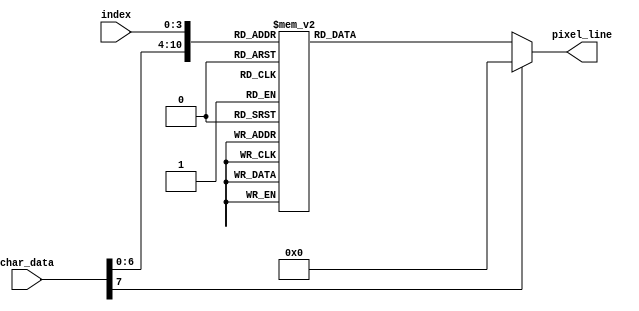
/*
############################################# 
# ECE 540 project 2
#
# Author:	Rafael Schultz (srafael@pdx.edu)
# Date:		12-Nov-2023	
#
# Changes made to include VGA peripheral
#
# Targeted to Nexys A7 FPGA board
#############################################
*/



module char_to_pix (
	input wire [7:0]	char_data,
	input wire [3:0]	index,
	output reg [0:15]	pixel_line // 16 bit for the character selected line
);


  // when data or line requested changes, convert to line with 16 pixels
  always @(*) begin 
	case ({char_data, index}) // use the 8 bits of the ASCII character, 4 bits of index because 16 lines
		12'h300: 	pixel_line =  	16'b0001111111100000;  // 0 in ASCII
		12'h301:	pixel_line =  	16'b0011111111110000;
		12'h302:	pixel_line =	16'b0111100001111000;
		12'h303:	pixel_line =	16'b1111000000111100;
		12'h304:	pixel_line =	16'b1111000001111100;
		12'h305:	pixel_line =	16'b1111000011111100;
		12'h306:	pixel_line =	16'b1111000111111100;
		12'h307:	pixel_line =	16'b1111001110111100;
		12'h308:	pixel_line =	16'b1111011100111100;
		12'h309:	pixel_line =	16'b1111111000111100;
		12'h30A:	pixel_line =	16'b1111110000111100;
		12'h30B:	pixel_line =	16'b0111110000111100;
		12'h30C:	pixel_line =	16'b0011111111111000;
		12'h30D:	pixel_line =	16'b0001111111110000;
		12'h30E:	pixel_line =	16'b0000000000000000;
		12'h30F:	pixel_line =	16'b0000000000000000;
		
		12'h310: 	pixel_line =  	16'b0000011100000000;  // 1 in ASCII
		12'h311:	pixel_line =  	16'b0000111100000000;
		12'h312:	pixel_line =	16'b0011111100000000;
		12'h313:	pixel_line =	16'b0111111100000000;
		12'h314:	pixel_line =	16'b0000111100000000;
		12'h315:	pixel_line =	16'b0000111100000000;
		12'h316:	pixel_line =	16'b0000111100000000;
		12'h317:	pixel_line =	16'b0000111100000000;
		12'h318:	pixel_line =	16'b0000111100000000;
		12'h319:	pixel_line =	16'b0000111100000000;
		12'h31A:	pixel_line =	16'b0000111100000000;
		12'h31B:	pixel_line =	16'b0000111100000000;
		12'h31C:	pixel_line =	16'b1111111111110000;
		12'h31D:	pixel_line =	16'b1111111111110000;
		12'h31E:	pixel_line =	16'b0000000000000000;
		12'h31F:	pixel_line =	16'b0000000000000000;
		

		12'h320: 	pixel_line =  	16'b0001111111000000;  // 2 in ASCII
		12'h321:	pixel_line =  	16'b0011111111100000;
		12'h322:	pixel_line =	16'b0111000011110000;
		12'h323:	pixel_line =	16'b1110000011110000;
		12'h324:	pixel_line =	16'b0000000111100000;
		12'h325:	pixel_line =	16'b0000001111000000;
		12'h326:	pixel_line =	16'b0000011110000000;
		12'h327:	pixel_line =	16'b0000111100000000;
		12'h328:	pixel_line =	16'b0001111000000000;
		12'h329:	pixel_line =	16'b0011110000000000;
		12'h32A:	pixel_line =	16'b0111100001110000;
		12'h32B:	pixel_line =	16'b1111000001110000;
		12'h32C:	pixel_line =	16'b1111111111110000;
		12'h32D:	pixel_line =	16'b1111111111110000;
		12'h32E:	pixel_line =	16'b0000000000000000;
		12'h32F:	pixel_line =	16'b0000000000000000;

		12'h330:	pixel_line =  	16'b0001111110000000;  // 3 in ASCII
		12'h331:	pixel_line =  	16'b0011111111000000;
		12'h332:	pixel_line =	16'b0111000111100000;
		12'h333:	pixel_line =	16'b1110000011110000;
		12'h334:	pixel_line =	16'b0000000011110000;
		12'h335:	pixel_line =	16'b0000000111100000;
		12'h336:	pixel_line =	16'b0000111111000000;
		12'h337:	pixel_line =	16'b0000111111000000;
		12'h338:	pixel_line =	16'b0000000111100000;
		12'h339:	pixel_line =	16'b0000000011110000;
		12'h33A:	pixel_line =	16'b1110000011110000;
		12'h33B:	pixel_line =	16'b0111000111100000;
		12'h33C:	pixel_line =	16'b0011111111000000;
		12'h33D:	pixel_line =	16'b0001111110000000;
		12'h33E:	pixel_line =	16'b0000000000000000;
		12'h33F:	pixel_line =	16'b0000000000000000;

		12'h340: 	pixel_line =  	16'b0000000111110000;  // 4 in ASCII	
		12'h341:	pixel_line =  	16'b0000001111110000;
		12'h342:	pixel_line =	16'b0000011111110000;
		12'h343:	pixel_line =	16'b0000111011110000;
		12'h344:	pixel_line =	16'b0001110011110000;
		12'h345:	pixel_line =	16'b0011100011110000;
		12'h346:	pixel_line =	16'b0111000011110000;
		12'h347:	pixel_line =	16'b1110000011110000;
		12'h348:	pixel_line =	16'b1111111111111100;
		12'h349:	pixel_line =	16'b1111111111111100;
		12'h34A:	pixel_line =	16'b0000000011110000;
		12'h34B:	pixel_line =	16'b0000000011110000;
		12'h34C:	pixel_line =	16'b0000001111111100;
		12'h34D:	pixel_line =	16'b0000001111111100;
		12'h34E:	pixel_line =	16'b0000000000000000;
		12'h34F:	pixel_line =	16'b0000000000000000;

		12'h350: 	pixel_line =  	16'b1111111111110000;  // 5 in ASCII
		12'h351:	pixel_line =  	16'b1111111111110000;
		12'h352:	pixel_line =	16'b1111000000000000;
		12'h353:	pixel_line =	16'b1111000000000000;
		12'h354:	pixel_line =	16'b1111111110000000;
		12'h355:	pixel_line =	16'b1111111111000000;
		12'h356:	pixel_line =	16'b0000000111110000;
		12'h357:	pixel_line =	16'b0000000011110000;
		12'h358:	pixel_line =	16'b0000000011110000;
		12'h359:	pixel_line =	16'b0000000011110000;
		12'h35A:	pixel_line =	16'b1110000011110000;
		12'h35B:	pixel_line =	16'b1111000011110000;
		12'h35C:	pixel_line =	16'b0111111111100000;
		12'h35D:	pixel_line =	16'b0011111111000000;
		12'h35E:	pixel_line =	16'b0000000000000000;
		12'h35F:	pixel_line =	16'b0000000000000000;

		12'h360: 	pixel_line =  	16'b0000011111000000;  // 6 in ASCII
		12'h361:	pixel_line =  	16'b0000111111000000;
		12'h362:	pixel_line =	16'b0011111000000000;
		12'h363:	pixel_line =	16'b0011110000000000;
		12'h364:	pixel_line =	16'b0111100000000000;
		12'h365:	pixel_line =	16'b1111000000000000;
		12'h366:	pixel_line =	16'b1111111100000000;
		12'h367:	pixel_line =	16'b1111111111000000;
		12'h368:	pixel_line =	16'b1111000011110000;
		12'h369:	pixel_line =	16'b1111000011110000;
		12'h36A:	pixel_line =	16'b1111000011110000;
		12'h36B:	pixel_line =	16'b1111000011110000;
		12'h36C:	pixel_line =	16'b0111111111100000;
		12'h36D:	pixel_line =	16'b0011111111000000;
		12'h36E:	pixel_line =	16'b0000000000000000;
		12'h36F:	pixel_line =	16'b0000000000000000;

		12'h370: 	pixel_line =  	16'b1111111111100000;  // 7 in ASCII
		12'h371:	pixel_line =  	16'b1111111111110000;
		12'h372:	pixel_line =	16'b1111000011110000;
		12'h373:	pixel_line =	16'b1111000011110000;
		12'h374:	pixel_line =	16'b0000000011110000;
		12'h375:	pixel_line =	16'b0000000111110000;
		12'h376:	pixel_line =	16'b0000001111100000;
		12'h377:	pixel_line =	16'b0000011111000000;
		12'h378:	pixel_line =	16'b0000111110000000;
		12'h379:	pixel_line =	16'b0000111100000000;
		12'h37A:	pixel_line =	16'b0000111100000000;
		12'h37B:	pixel_line =	16'b0000111100000000;
		12'h37C:	pixel_line =	16'b0000111100000000;
		12'h37D:	pixel_line =	16'b0000111100000000;
		12'h37E:	pixel_line =	16'b0000000000000000;
		12'h37F:	pixel_line =	16'b0000000000000000;

		12'h380: 	pixel_line =  	16'b0001111110000000;  // 8 in ASCII
		12'h381:	pixel_line =  	16'b0111111111100000;
		12'h382:	pixel_line =	16'b1111000011110000;
		12'h383:	pixel_line =	16'b1111000011110000;
		12'h384:	pixel_line =	16'b1111000011110000;
		12'h385:	pixel_line =	16'b0111000011100000;
		12'h386:	pixel_line =	16'b0011111111000000;
		12'h387:	pixel_line =	16'b0011111111000000;
		12'h388:	pixel_line =	16'b0111000011100000;
		12'h389:	pixel_line =	16'b1111000011110000;
		12'h38A:	pixel_line =	16'b1111000011110000;
		12'h38B:	pixel_line =	16'b1111000011110000;
		12'h38C:	pixel_line =	16'b0111111111100000;
		12'h38D:	pixel_line =	16'b0011111111000000;
		12'h38E:	pixel_line =	16'b0000000000000000;
		12'h38F:	pixel_line =	16'b0000000000000000;

		12'h390: 	pixel_line =  	16'b0001111110000000;  // 9 in ASCII	
		12'h391:	pixel_line =  	16'b0011111111000000;
		12'h392:	pixel_line =	16'b0111000011100000;
		12'h393:	pixel_line =	16'b1111000011110000;
		12'h394:	pixel_line =	16'b1111000011110000;
		12'h395:	pixel_line =	16'b1111000011110000;
		12'h396:	pixel_line =	16'b0111111111110000;
		12'h397:	pixel_line =	16'b0011111111110000;
		12'h398:	pixel_line =	16'b0000000111110000;
		12'h399:	pixel_line =	16'b0000000011100000;
		12'h39A:	pixel_line =	16'b0000000111000000;
		12'h39B:	pixel_line =	16'b0000001110000000;
		12'h39C:	pixel_line =	16'b0011111100000000;
		12'h39D:	pixel_line =	16'b0011111000000000;
		12'h39E:	pixel_line =	16'b0000000000000000;
		12'h39F:	pixel_line =	16'b0000000000000000;

		12'h610:	pixel_line =  	16'b0000000000000000;  // a in ASCII
		12'h611:	pixel_line =  	16'b0000000000000000;
		12'h612:	pixel_line =  	16'b0000000000000000;
		12'h613:	pixel_line =  	16'b0000001111100000;
		12'h614:	pixel_line =  	16'b0000111111111000;
		12'h615:	pixel_line =  	16'b0001110001111000;
		12'h616:	pixel_line =  	16'b0011100001110000;
		12'h617:	pixel_line =  	16'b0011100001110000;
		12'h618:	pixel_line =  	16'b0011100001110000;
		12'h619:	pixel_line =  	16'b0011100001110000;
		12'h61A:	pixel_line =  	16'b0011110001111000;
		12'h61B:	pixel_line =  	16'b0001111111011000;
		12'h61C:	pixel_line =  	16'b0000111110011100;
		12'h61D:	pixel_line =  	16'b0000000000000000;
		12'h61E:	pixel_line =  	16'b0000000000000000;
		12'h61F:	pixel_line =  	16'b0000000000000000;


		12'h620:	pixel_line =  	16'b0000000000000000;  // b in ASCII
		12'h621:	pixel_line =  	16'b0011100000000000;
		12'h622:	pixel_line =  	16'b0011100000000000;
		12'h623:	pixel_line =  	16'b0011100110000000;
		12'h624:	pixel_line =  	16'b0011101111100000;
		12'h625:	pixel_line =  	16'b0011111111111000;
		12'h626:	pixel_line =  	16'b0011100000111100;
		12'h627:	pixel_line =  	16'b0011100000011100;
		12'h628:	pixel_line =  	16'b0011100000011100;
		12'h629:	pixel_line =  	16'b0011100000111100;
		12'h62A:	pixel_line =  	16'b0011111111111000;
		12'h62B:	pixel_line =  	16'b0011011111110000;
		12'h62C:	pixel_line =  	16'b0011001111100000;
		12'h62D:	pixel_line =  	16'b0000000000000000;
		12'h62E:	pixel_line =  	16'b0000000000000000;
		12'h62F:	pixel_line =  	16'b0000000000000000;

		12'h630:	pixel_line =  	16'b0000000000000000;  // c in ASCII
		12'h631:	pixel_line =  	16'b0000000000000000;
		12'h632:	pixel_line =  	16'b0000000000000000;
		12'h633:	pixel_line =  	16'b0000011111000000;
		12'h634:	pixel_line =  	16'b0001111111110000;
		12'h635:	pixel_line =  	16'b0011110001111000;
		12'h636:	pixel_line =  	16'b0011110000111000;
		12'h637:	pixel_line =  	16'b0011110000000000;
		12'h638:	pixel_line =  	16'b0011110000000000;
		12'h639:	pixel_line =  	16'b0011110000111000;
		12'h63A:	pixel_line =  	16'b0011110001111000;
		12'h63B:	pixel_line =  	16'b0001111111110000;
		12'h63C:	pixel_line =  	16'b0000111111100000;
		12'h63D:	pixel_line =  	16'b0000000000000000;
		12'h63E:	pixel_line =  	16'b0000000000000000;
		12'h63F:	pixel_line =  	16'b0000000000000000;

		12'h640:	pixel_line =  	16'b0000000000000000;  // d in ASCII
		12'h641:	pixel_line =  	16'b0000000000011100;
		12'h642:	pixel_line =  	16'b0000000000011100;
		12'h643:	pixel_line =  	16'b0000000110011100;
		12'h644:	pixel_line =  	16'b0000111111111100;
		12'h645:	pixel_line =  	16'b0001111111111100;
		12'h646:	pixel_line =  	16'b0011110000011100;
		12'h647:	pixel_line =  	16'b0011100000011100;
		12'h648:	pixel_line =  	16'b0011100000011100;
		12'h649:	pixel_line =  	16'b0011110000011100;
		12'h64A:	pixel_line =  	16'b0001111111111100;
		12'h64B:	pixel_line =  	16'b0000111111101100;
		12'h64C:	pixel_line =  	16'b0000011111001100;
		12'h64D:	pixel_line =  	16'b0000000000000000;
		12'h64E:	pixel_line =  	16'b0000000000000000;
		12'h64F:	pixel_line =  	16'b0000000000000000;

		12'h650:	pixel_line =  	16'b0000000000000000;  // e in ASCII
		12'h651:	pixel_line =  	16'b0000000000000000;
		12'h652:	pixel_line =  	16'b0000000000000000;
		12'h653:	pixel_line =  	16'b0000111111100000;
		12'h654:	pixel_line =  	16'b0001111111110000;
		12'h655:	pixel_line =  	16'b0011110001111000;
		12'h656:	pixel_line =  	16'b0011100000111000;
		12'h657:	pixel_line =  	16'b0011111111110000;
		12'h658:	pixel_line =  	16'b0011110000000000;
		12'h659:	pixel_line =  	16'b0011100000000000;
		12'h65A:	pixel_line =  	16'b0011110000111000;
		12'h65B:	pixel_line =  	16'b0001111111111000;
		12'h65C:	pixel_line =  	16'b0000111111100000;
		12'h65D:	pixel_line =  	16'b0000000000000000;
		12'h65E:	pixel_line =  	16'b0000000000000000;
		12'h65F:	pixel_line =  	16'b0000000000000000;

		12'h660:	pixel_line =  	16'b0000000000000000;  // f in ASCII
		12'h661:	pixel_line =  	16'b0000000111111000;
		12'h662:	pixel_line =  	16'b0000011111111000;
		12'h663:	pixel_line =  	16'b0000111111000000;
		12'h664:	pixel_line =  	16'b0000111100000000;
		12'h665:	pixel_line =  	16'b0000111100000000;
		12'h666:	pixel_line =  	16'b0111111111111000;
		12'h667:	pixel_line =  	16'b0111111111111000;
		12'h668:	pixel_line =  	16'b0000111100000000;
		12'h669:	pixel_line =  	16'b0000111100000000;
		12'h66A:	pixel_line =  	16'b0000111100000000;
		12'h66B:	pixel_line =  	16'b0000111100000000;
		12'h66C:	pixel_line =  	16'b0000111100000000;
		12'h66D:	pixel_line =  	16'b0000111100000000;
		12'h66E:	pixel_line =  	16'b0000000000000000;
		12'h66F:	pixel_line =  	16'b0000000000000000;

		12'h670:	pixel_line =  	16'b0000000000000000;  // g in ASCII
		12'h671:	pixel_line =  	16'b0000000000000000;
		12'h672:	pixel_line =  	16'b0000000000000000;
		12'h673:	pixel_line =  	16'b0000111111111100;
		12'h674:	pixel_line =  	16'b0001110000111000;
		12'h675:	pixel_line =  	16'b0011100000011100;
		12'h676:	pixel_line =  	16'b0011110000111000;
		12'h677:	pixel_line =  	16'b0011111111110000;
		12'h678:	pixel_line =  	16'b0001110000000000;
		12'h679:	pixel_line =  	16'b0001110000000000;
		12'h67A:	pixel_line =  	16'b0001111111110000;
		12'h67B:	pixel_line =  	16'b0011111001111000;
		12'h67C:	pixel_line =  	16'b0011100000111000;
		12'h67D:	pixel_line =  	16'b0001111001111000;
		12'h67E:	pixel_line =  	16'b0000111111100000;
		12'h67F:	pixel_line =  	16'b0000000000000000;

		12'h680:	pixel_line =  	16'b0000000000000000;  // h in ASCII 
		12'h681:	pixel_line =  	16'b0011100000000000;
		12'h682:	pixel_line =  	16'b0011100000000000;
		12'h683:	pixel_line =  	16'b0011100000000000;
		12'h684:	pixel_line =  	16'b0011100000000000;
		12'h685:	pixel_line =  	16'b0011101100000000;
		12'h686:	pixel_line =  	16'b0011111111000000;
		12'h687:	pixel_line =  	16'b0011110011100000;
		12'h688:	pixel_line =  	16'b0011100001110000;
		12'h689:	pixel_line =  	16'b0011100000111000;
		12'h68A:	pixel_line =  	16'b0011100000111000;
		12'h68B:	pixel_line =  	16'b0011100000111000;
		12'h68C:	pixel_line =  	16'b0011100000111000;
		12'h68D:	pixel_line =  	16'b0000000000000000;
		12'h68E:	pixel_line =  	16'b0000000000000000;
		12'h68F:	pixel_line =  	16'b0000000000000000;

		12'h690:	pixel_line =  	16'b0000111100000000;  // i in ASCII
		12'h691:	pixel_line =  	16'b0000111100000000;
		12'h692:	pixel_line =  	16'b0000000000000000;
		12'h693:	pixel_line =  	16'b0000000000000000;
		12'h694:	pixel_line =  	16'b0011111100000000;
		12'h695:	pixel_line =  	16'b0011111100000000;
		12'h696:	pixel_line =  	16'b0000111100000000;
		12'h697:	pixel_line =  	16'b0000111100000000;
		12'h698:	pixel_line =  	16'b0000111100000000;
		12'h699:	pixel_line =  	16'b0000111100000000;
		12'h69A:	pixel_line =  	16'b0000111100000000;
		12'h69B:	pixel_line =  	16'b0011111111100000;
		12'h69C:	pixel_line =  	16'b0011111111100000;
		12'h69D:	pixel_line =  	16'b0000000000000000;
		12'h69E:	pixel_line =  	16'b0000000000000000;
		12'h69F:	pixel_line =  	16'b0000000000000000;

		12'h6A0:	pixel_line =  	16'b0000000001111000;  // j in ASCII
		12'h6A1:	pixel_line =  	16'b0000000001111000;
		12'h6A2:	pixel_line =  	16'b0000000000000000;
		12'h6A3:	pixel_line =  	16'b0000000000000000;
		12'h6A4:	pixel_line =  	16'b0001111111111000;
		12'h6A5:	pixel_line =  	16'b0001111111111000;
		12'h6A6:	pixel_line =  	16'b0000000000111000;
		12'h6A7:	pixel_line =  	16'b0000000000111000;
		12'h6A8:	pixel_line =  	16'b0000000000111000;
		12'h6A9:	pixel_line =  	16'b0000000000111000;
		12'h6AA:	pixel_line =  	16'b0000000000111000;
		12'h6AB:	pixel_line =  	16'b0011100001111000;
		12'h6AC:	pixel_line =  	16'b0011100011110000;
		12'h6AD:	pixel_line =  	16'b0001111111100000;
		12'h6AE:	pixel_line =  	16'b0000111111000000;
		12'h6AF:	pixel_line =  	16'b0000000000000000;

		12'h6B0:	pixel_line =  	16'b0000000000000000;  // k in ASCII 
		12'h6B1:	pixel_line =  	16'b0011100000000000;
		12'h6B2:	pixel_line =  	16'b0011100001110000;
		12'h6B3:	pixel_line =  	16'b0011100011100000;
		12'h6B4:	pixel_line =  	16'b0011100111000000;
		12'h6B5:	pixel_line =  	16'b0011101110000000;
		12'h6B6:	pixel_line =  	16'b0011111100000000;
		12'h6B7:	pixel_line =  	16'b0011111100000000;
		12'h6B8:	pixel_line =  	16'b0011101110000000;
		12'h6B9:	pixel_line =  	16'b0011100111000000;
		12'h6BA:	pixel_line =  	16'b0011100011100000;
		12'h6BB:	pixel_line =  	16'b0011100001110000;
		12'h6BC:	pixel_line =  	16'b0011100000111000;
		12'h6BD:	pixel_line =  	16'b0000000000000000;
		12'h6BE:	pixel_line =  	16'b0000000000000000;
		12'h6BF:	pixel_line =  	16'b0000000000000000;

		12'h6C0:	pixel_line =  	16'b0000000000000000;  // l in ASCII
		12'h6C1:	pixel_line =  	16'b0011111000000000;
		12'h6C2:	pixel_line =  	16'b0011111000000000;
		12'h6C3:	pixel_line =  	16'b0000111000000000;
		12'h6C4:	pixel_line =  	16'b0000111000000000;
		12'h6C5:	pixel_line =  	16'b0000111000000000;
		12'h6C6:	pixel_line =  	16'b0000111000000000;
		12'h6C7:	pixel_line =  	16'b0000111000000000;
		12'h6C8:	pixel_line =  	16'b0000111000000000;
		12'h6C9:	pixel_line =  	16'b0000111000000000;
		12'h6CA:	pixel_line =  	16'b0000111000000000;
		12'h6CB:	pixel_line =  	16'b0011111110000000;
		12'h6CC:	pixel_line =  	16'b0011111110000000;
		12'h6CD:	pixel_line =  	16'b0000000000000000;
		12'h6CE:	pixel_line =  	16'b0000000000000000;
		12'h6CF:	pixel_line =  	16'b0000000000000000;

		12'h6D0:	pixel_line =  	16'b0000000000000000;  // m in ASCII
		12'h6D1:	pixel_line =  	16'b0000000000000000;
		12'h6D2:	pixel_line =  	16'b0000000000000000;
		12'h6D3:	pixel_line =  	16'b0000000000000000;
		12'h6D4:	pixel_line =  	16'b0111110001110000;
		12'h6D5:	pixel_line =  	16'b0111111011111000;
		12'h6D6:	pixel_line =  	16'b0111001110011100;
		12'h6D7:	pixel_line =  	16'b0111001110011100;
		12'h6D8:	pixel_line =  	16'b0111001110011100;
		12'h6D9:	pixel_line =  	16'b0111001110011100;
		12'h6DA:	pixel_line =  	16'b0111001110011100;
		12'h6DB:	pixel_line =  	16'b0111001110011100;
		12'h6DC:	pixel_line =  	16'b0111001110011100;
		12'h6DD:	pixel_line =  	16'b0000000000000000;
		12'h6DE:	pixel_line =  	16'b0000000000000000;
		12'h6DF:	pixel_line =  	16'b0000000000000000;

		12'h6E0:	pixel_line =  	16'b0000000000000000;  // n in ASCII
		12'h6E1:	pixel_line =  	16'b0000000000000000;
		12'h6E2:	pixel_line =  	16'b0000000000000000;
		12'h6E3:	pixel_line =  	16'b0000000000000000;
		12'h6E4:	pixel_line =  	16'b0011100110000000;
		12'h6E5:	pixel_line =  	16'b0011101111100000;
		12'h6E6:	pixel_line =  	16'b0011111111110000;
		12'h6E7:	pixel_line =  	16'b0011110001111000;
		12'h6E8:	pixel_line =  	16'b0011100000111000;
		12'h6E9:	pixel_line =  	16'b0011100000011100;
		12'h6EA:	pixel_line =  	16'b0011100000011100;
		12'h6EB:	pixel_line =  	16'b0011100000011100;
		12'h6EC:	pixel_line =  	16'b0011100000011100;
		12'h6ED:	pixel_line =  	16'b0000000000000000;
		12'h6EE:	pixel_line =  	16'b0000000000000000;
		12'h6EF:	pixel_line =  	16'b0000000000000000;

		12'h6F0:	pixel_line =  	16'b0000000000000000;  // o in ASCII
		12'h6F1:	pixel_line =  	16'b0000000000000000;
		12'h6F2:	pixel_line =  	16'b0000000000000000;
		12'h6F3:	pixel_line =  	16'b0000011111100000;
		12'h6F4:	pixel_line =  	16'b0001111111111000;
		12'h6F5:	pixel_line =  	16'b0011110000111100;
		12'h6F6:	pixel_line =  	16'b0111100000011110;
		12'h6F7:	pixel_line =  	16'b0111000000001110;
		12'h6F8:	pixel_line =  	16'b0111000000001110;
		12'h6F9:	pixel_line =  	16'b0111100000011110;
		12'h6FA:	pixel_line =  	16'b0011110000111100;
		12'h6FB:	pixel_line =  	16'b0001111111111000;
		12'h6FC:	pixel_line =  	16'b0000111111110000;
		12'h6FD:	pixel_line =  	16'b0000000000000000;
		12'h6FE:	pixel_line =  	16'b0000000000000000;
		12'h6FF:	pixel_line =  	16'b0000000000000000;

		12'h700:	pixel_line =  	16'b0000000000000000;  // p in ASCII
		12'h701:	pixel_line =  	16'b0000000000000000;
		12'h702:	pixel_line =  	16'b0000000000000000;
		12'h703:	pixel_line =  	16'b0011100111000000;
		12'h704:	pixel_line =  	16'b0011101111110000;
		12'h705:	pixel_line =  	16'b0011111111111000;
		12'h706:	pixel_line =  	16'b0011110000111100;
		12'h707:	pixel_line =  	16'b0011100000011100;
		12'h708:	pixel_line =  	16'b0011100000111100;
		12'h709:	pixel_line =  	16'b0011100001111000;
		12'h70A:	pixel_line =  	16'b0011111111110000;
		12'h70B:	pixel_line =  	16'b0011110000000000;
		12'h70C:	pixel_line =  	16'b0011100000000000;
		12'h70D:	pixel_line =  	16'b0011100000000000;
		12'h70E:	pixel_line =  	16'b0011100000000000;
		12'h70F:	pixel_line =  	16'b0000000000000000;
		
		12'h710:	pixel_line =  	16'b0000000000000000;  // q in ASCII
		12'h711:	pixel_line =  	16'b0000000000000000;
		12'h712:	pixel_line =  	16'b0000000000000000;
		12'h713:	pixel_line =  	16'b0000011111111000;
		12'h714:	pixel_line =  	16'b0000111111111100;
		12'h715:	pixel_line =  	16'b0011110000111100;
		12'h716:	pixel_line =  	16'b0011100000011100;
		12'h717:	pixel_line =  	16'b0011100000011100;
		12'h718:	pixel_line =  	16'b0001110000111100;
		12'h719:	pixel_line =  	16'b0000111111111100;
		12'h71A:	pixel_line =  	16'b0000001111011100;
		12'h71B:	pixel_line =  	16'b0000000000011100;
		12'h71C:	pixel_line =  	16'b0000000000011100;
		12'h71D:	pixel_line =  	16'b0000000000011100;
		12'h71E:	pixel_line =  	16'b0000000000011100;
		12'h71F:	pixel_line =  	16'b0000000000000000;

		12'h720:	pixel_line =  	16'b0000000000000000;  // r in ASCII 
		12'h721:	pixel_line =  	16'b0000000000000000;
		12'h722:	pixel_line =  	16'b0000000000000000;
		12'h723:	pixel_line =  	16'b0011100110000000;
		12'h724:	pixel_line =  	16'b0011101111100000;
		12'h725:	pixel_line =  	16'b0011111111110000;
		12'h726:	pixel_line =  	16'b0011110001111000;
		12'h727:	pixel_line =  	16'b0011100000111000;
		12'h728:	pixel_line =  	16'b0011100000111000;
		12'h729:	pixel_line =  	16'b0011100000000000;
		12'h72A:	pixel_line =  	16'b0011100000000000;
		12'h72B:	pixel_line =  	16'b0011100000000000;
		12'h72C:	pixel_line =  	16'b0011100000000000;
		12'h72D:	pixel_line =  	16'b0000000000000000;
		12'h72E:	pixel_line =  	16'b0000000000000000;
		12'h72F:	pixel_line =  	16'b0000000000000000;

		12'h730:	pixel_line =  	16'b0000000000000000;  // s in ASCII
		12'h731:	pixel_line =  	16'b0000000000000000;
		12'h732:	pixel_line =  	16'b0000000000000000;
		12'h733:	pixel_line =  	16'b0000111111000000;
		12'h734:	pixel_line =  	16'b0011111111110000;
		12'h735:	pixel_line =  	16'b0111100000111000;
		12'h736:	pixel_line =  	16'b0011110000000000;
		12'h737:	pixel_line =  	16'b0000111100000000;
		12'h738:	pixel_line =  	16'b0000001111000000;
		12'h739:	pixel_line =  	16'b0000000111111000;
		12'h73A:	pixel_line =  	16'b0111000001111100;
		12'h73B:	pixel_line =  	16'b0011111111110000;
		12'h73C:	pixel_line =  	16'b0000111111000000;
		12'h73D:	pixel_line =  	16'b0000000000000000;
		12'h73E:	pixel_line =  	16'b0000000000000000;
		12'h73F:	pixel_line =  	16'b0000000000000000;

		12'h740:	pixel_line =  	16'b0000000000000000;  // t in ASCII
		12'h741:	pixel_line =  	16'b0000011100000000;
		12'h742:	pixel_line =  	16'b0000011100000000;
		12'h743:	pixel_line =  	16'b0001111111110000;
		12'h744:	pixel_line =  	16'b0001111111110000;
		12'h745:	pixel_line =  	16'b0000011100000000;
		12'h746:	pixel_line =  	16'b0000011100000000;
		12'h747:	pixel_line =  	16'b0000011100000000;
		12'h748:	pixel_line =  	16'b0000011100000000;
		12'h749:	pixel_line =  	16'b0000011100000000;
		12'h74A:	pixel_line =  	16'b0000011100000000;
		12'h74B:	pixel_line =  	16'b0000011111110000;
		12'h74C:	pixel_line =  	16'b0000001111110000;
		12'h74D:	pixel_line =  	16'b0000000000000000;
		12'h74E:	pixel_line =  	16'b0000000000000000;
		12'h74F:	pixel_line =  	16'b0000000000000000;

		12'h750:	pixel_line =  	16'b0000000000000000;  // u in ASCII
		12'h751:	pixel_line =  	16'b0000000000000000;
		12'h752:	pixel_line =  	16'b0000000000000000;
		12'h753:	pixel_line =  	16'b1111000011110000;
		12'h754:	pixel_line =  	16'b1111000011110000;
		12'h755:	pixel_line =  	16'b1111000011110000;
		12'h756:	pixel_line =  	16'b1111000011110000;
		12'h757:	pixel_line =  	16'b1111000011110000;
		12'h758:	pixel_line =  	16'b1111000011110000;
		12'h759:	pixel_line =  	16'b1111000011110000;
		12'h75A:	pixel_line =  	16'b1111100111111000;
		12'h75B:	pixel_line =  	16'b0111111101111100;
		12'h75C:	pixel_line =  	16'b0011111100111100;
		12'h75D:	pixel_line =  	16'b0000000000000000;
		12'h75E:	pixel_line =  	16'b0000000000000000;
		12'h75F:	pixel_line =  	16'b0000000000000000;

		12'h760:	pixel_line =  	16'b0000000000000000;  // v in ASCII
		12'h761:	pixel_line =  	16'b0000000000000000;
		12'h762:	pixel_line =  	16'b0000000000000000;
		12'h763:	pixel_line =  	16'b0000000000000000;
		12'h764:	pixel_line =  	16'b1110000000001110;
		12'h765:	pixel_line =  	16'b0111000000011100;
		12'h766:	pixel_line =  	16'b0111000000011100;
		12'h767:	pixel_line =  	16'b0011100000111000;
		12'h768:	pixel_line =  	16'b0011100000111000;
		12'h769:	pixel_line =  	16'b0001110001110000;
		12'h76A:	pixel_line =  	16'b0000110001100000;
		12'h76B:	pixel_line =  	16'b0000111011100000;
		12'h76C:	pixel_line =  	16'b0000011111000000;
		12'h76D:	pixel_line =  	16'b0000000000000000;
		12'h76E:	pixel_line =  	16'b0000000000000000;
		12'h76F:	pixel_line =  	16'b0000000000000000;

		12'h770:	pixel_line =  	16'b0000000000000000;  // w in ASCII 
		12'h771:	pixel_line =  	16'b0000000000000000;
		12'h772:	pixel_line =  	16'b0000000000000000;
		12'h773:	pixel_line =  	16'b0000000000000000;
		12'h774:	pixel_line =  	16'b0100000000000010;
		12'h775:	pixel_line =  	16'b0110000000000110;
		12'h776:	pixel_line =  	16'b0011000000001100;
		12'h777:	pixel_line =  	16'b0011100110011100;
		12'h778:	pixel_line =  	16'b0011101110111000;
		12'h779:	pixel_line =  	16'b0001111111110000;
		12'h77A:	pixel_line =  	16'b0000111011100000;
		12'h77B:	pixel_line =  	16'b0000110001100000;
		12'h77C:	pixel_line =  	16'b0000110001100000;
		12'h77D:	pixel_line =  	16'b0000000000000000;
		12'h77E:	pixel_line =  	16'b0000000000000000;
		12'h77F:	pixel_line =  	16'b0000000000000000;

		12'h780:	pixel_line =  	16'b0000000000000000;  // x in ASCII
		12'h781:	pixel_line =  	16'b0000000000000000;
		12'h782:	pixel_line =  	16'b0000000000000000;
		12'h783:	pixel_line =  	16'b0111000000011100;
		12'h784:	pixel_line =  	16'b0011100000111000;
		12'h785:	pixel_line =  	16'b0001110001110000;
		12'h786:	pixel_line =  	16'b0000111011100000;
		12'h787:	pixel_line =  	16'b0000011111000000;
		12'h788:	pixel_line =  	16'b0000011111000000;
		12'h789:	pixel_line =  	16'b0000111011100000;
		12'h78A:	pixel_line =  	16'b0001110001110000;
		12'h78B:	pixel_line =  	16'b0011100000111000;
		12'h78C:	pixel_line =  	16'b0111000000011100;
		12'h78D:	pixel_line =  	16'b0000000000000000;
		12'h78E:	pixel_line =  	16'b0000000000000000;
		12'h78F:	pixel_line =  	16'b0000000000000000;

		12'h790:	pixel_line =  	16'b0000000000000000;  // y in ASCII
		12'h791:	pixel_line =  	16'b0000000000000000;
		12'h792:	pixel_line =  	16'b0000000000000000;
		12'h793:	pixel_line =  	16'b0011100000001110;
		12'h794:	pixel_line =  	16'b0001110000011100;
		12'h795:	pixel_line =  	16'b0000111000111000;
		12'h796:	pixel_line =  	16'b0000011101110000;
		12'h797:	pixel_line =  	16'b0000001111100000;
		12'h798:	pixel_line =  	16'b0000000111100000;
		12'h799:	pixel_line =  	16'b0000001111000000;
		12'h79A:	pixel_line =  	16'b0000001110000000;
		12'h79B:	pixel_line =  	16'b0000111100000000;
		12'h79C:	pixel_line =  	16'b0011111000000000;
		12'h79D:	pixel_line =  	16'b0111100000000000;
		12'h79E:	pixel_line =  	16'b0000000000000000;
		12'h79F:	pixel_line =  	16'b0000000000000000;

		12'h7A0:	pixel_line =  	16'b0000000000000000;  // z in ASCII
		12'h7A1:	pixel_line =  	16'b0000000000000000;
		12'h7A2:	pixel_line =  	16'b0000000000000000;
		12'h7A3:	pixel_line =  	16'b1111111111110000;
		12'h7A4:	pixel_line =  	16'b1111111111110000;
		12'h7A5:	pixel_line =  	16'b1100001111100000;
		12'h7A6:	pixel_line =  	16'b1100011111000000;
		12'h7A7:	pixel_line =  	16'b0000111110000000;
		12'h7A8:	pixel_line =  	16'b0001111100000000;
		12'h7A9:	pixel_line =  	16'b0011111000110000;
		12'h7AA:	pixel_line =  	16'b0111110000110000;
		12'h7AB:	pixel_line =  	16'b1111111111110000;
		12'h7AC:	pixel_line =  	16'b1111111111110000;
		12'h7AD:	pixel_line =  	16'b0000000000000000;
		12'h7AE:	pixel_line =  	16'b0000000000000000;
		12'h7AF:	pixel_line =  	16'b0000000000000000;

		// empty
		default: pixel_line =  	16'b0000000000000000;

	endcase

  end








endmodule